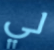
لي